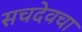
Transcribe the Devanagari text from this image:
सचदेवचा